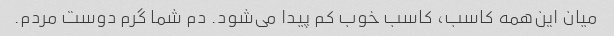
میان این‌همه کاسب، کاسب خوب کم پیدا می‌شود. دم شما گرم دوست مردم.